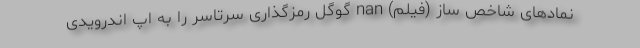
نمادهای شاخص ساز (فیلم) nan گوگل رمزگذاری سرتاسر را به اپ اندرویدی